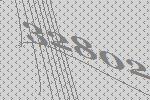
32802